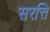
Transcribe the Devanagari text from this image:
सरत्ति